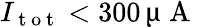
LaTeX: I_{\mathrm{~t~o~t~}}<300\, \upmu\mathrm{~A~}